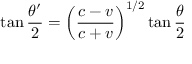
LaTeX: \tan { \frac { \theta ^ { \prime } } { 2 } } = \left( { \frac { c - v } { c + v } } \right) ^ { 1 / 2 } \tan { \frac { \theta } { 2 } }